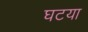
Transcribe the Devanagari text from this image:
घटया